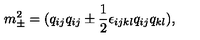
m _ { \pm } ^ { 2 } = ( q _ { i j } q _ { i j } \pm { \frac { 1 } { 2 } } \epsilon _ { i j k l } q _ { i j } q _ { k l } ) ,